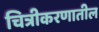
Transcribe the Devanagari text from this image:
चित्रीकरणातील